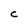
Character: C